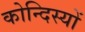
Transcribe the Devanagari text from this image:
कोन्दिस्यों